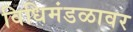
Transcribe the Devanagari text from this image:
विधिमंडळावर